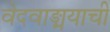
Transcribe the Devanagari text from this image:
वेदवाङ्मयाची